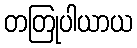
တတြုပါယာယ